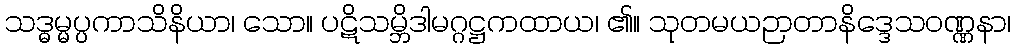
သဒ္ဓမ္မပ္ပကာသိနိယာ၊ သော။ ပဋိသမ္ဘိဒါမဂ္ဂဋ္ဌကထာယ၊ ၏။ သုတမယဉာတာနိဒ္ဒေသဝဏ္ဏနာ၊